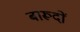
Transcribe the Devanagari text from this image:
बारूदों